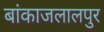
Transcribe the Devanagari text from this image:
बांकाजलालपुर